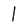
Character: I